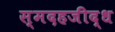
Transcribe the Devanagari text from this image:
स्मदहजीद्ध